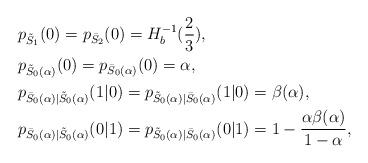
LaTeX: \begin{align*}&p_{\tilde{S}_1}(0)=p_{\bar{S}_2}(0)=H^{-1}_b(\frac{2}{3}),\\&p_{\tilde{S}_0(\alpha)}(0)=p_{\bar{S}_0(\alpha)}(0)=\alpha,\\&p_{\bar{S}_0(\alpha)|\tilde{S}_0(\alpha)}(1|0)=p_{\tilde{S}_0(\alpha)|\bar{S}_0(\alpha)}(1|0)=\beta(\alpha),\\&p_{\bar{S}_0(\alpha)|\tilde{S}_0(\alpha)}(0|1)=p_{\tilde{S}_0(\alpha)|\bar{S}_0(\alpha)}(0|1)=1-\frac{\alpha\beta(\alpha)}{1-\alpha},\end{align*}